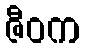
ဇီဝက